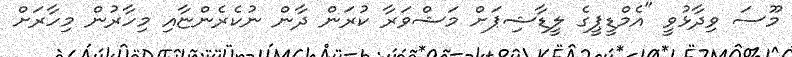
މޫސަ ވިދާޅުވީ "އެމްޑީޕީގެ ލީޑާޝިޕަށް މަޝްވަރާ ކުރަން ދާން ނުކެރެންޏާއި މިހާރުން މިހާރަށް